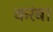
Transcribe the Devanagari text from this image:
करंबा